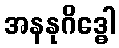
အနနုဂိဒ္ဓေါ